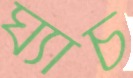
ঘ্যাচ